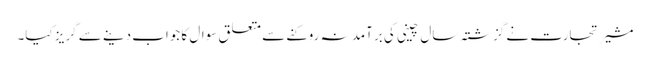
مشیر تجارت نے گزشتہ سال چینی کی برآمد نہ روکنے سے متعلق سوال کا جواب دینے سے گریز کیا۔